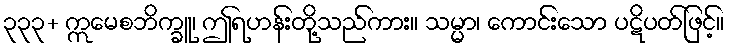
၃၃၃+ ဣမေစဘိက္ခူ၊ ဤရဟန်းတို့သည်ကား။ သမ္မာ၊ ကောင်းသော ပဋိပတ်ဖြင့်။